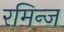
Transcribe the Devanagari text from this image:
रमिन्ज